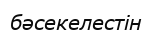
бәсекелестін